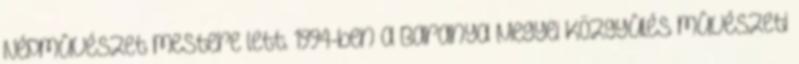
Népmûvészet mestere lett. 1994-ben a Baranya Megyei Közgyûlés mûvészeti